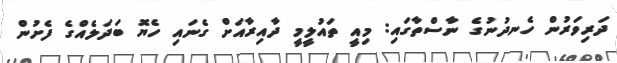
ދަރިވަރުން ހެނދުނުގެ ނާސްތާގައި: މިއީ ތައުލީމީ ދާއިރާއަށް ގެނައި ހެޔޮ ބަދަލެއްގެ ފެށުން